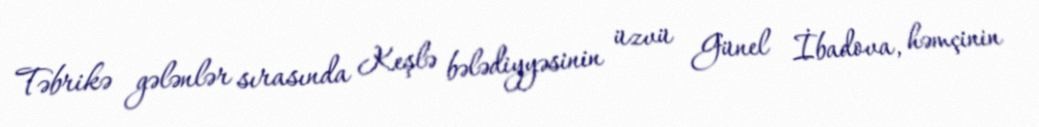
Təbrikə gələnlər sırasında Keşlə bələdiyyəsinin üzvü Günel İbadova, həmçinin